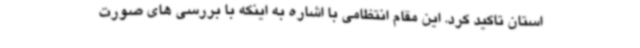
استان تاکید کرد. این مقام انتظامی با اشاره به اینکه با بررسی های صورت